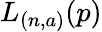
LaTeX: L_{(n,a)}(p)